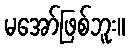
မအော်ဖြစ်ဘူး။